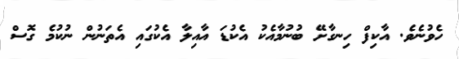
ހެވުނެވެ. އާކިފް ހިނގާށޭ ބުނުމާއެކު އެކުޑަ އާއިލާ އެކުގައި އެތަނުން ނުކުމެ ގޮސް